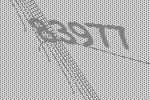
83977